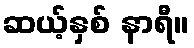
ဆယ့်နှစ် နာရီ။